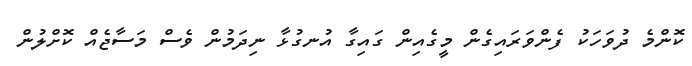
ކޮންމެ ދުވަހަކު ފެންވަރައިގެން މީގެއިން ގައިގާ އުނގުޅާ ނިދަމުން ވެސް މަސާޖެއް ކޮށްލުން